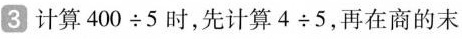
3 计算$$4 0 0 \div 5$$时，先计算$$4 \div 5$$，再在商的末